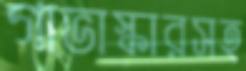
গাভাস্কারসহ